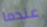
عندما